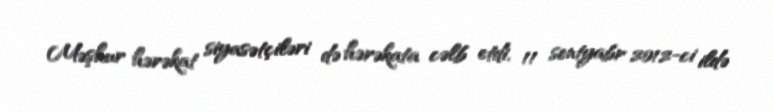
Məşhur hərəkat siyasətçiləri də hərəkata cəlb etdi, 11 sentyabr 2012-ci ildə